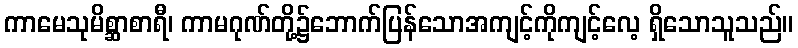
ကာမေသုမိစ္ဆာစာရီ၊ ကာမဂုဏ်တို့၌ဘောက်ပြန်သောအကျင့်ကိုကျင့်လေ့ ရှိသောသူသည်။